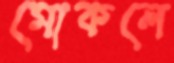
মোকলে